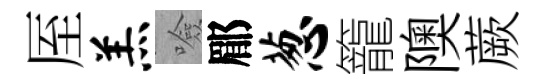
厔羔噞郿葱籠隩蕨